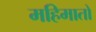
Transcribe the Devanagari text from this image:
महिमातो